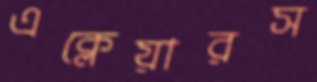
এক্লেয়ারস